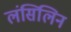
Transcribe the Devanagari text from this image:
लंसिलिन